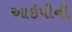
આઈપીની